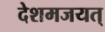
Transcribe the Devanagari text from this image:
देशमजयत्